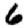
Digit: 6